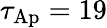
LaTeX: \tau_{\mathrm{Ap}}=19